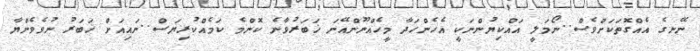
ނޭނގެ އެއްގޮތަކަށްވެސް..ނޯމަލީ އައްކިޔުންނަކީ އެހެންހަދާ މީހެއްނޫންއޭނަ ޚަބަރުވާނެ ކޮންމެ ކަމެއްކުރިޔަސް..ނައިއަށް ޚަބަރު ނުވެވެންޔާ